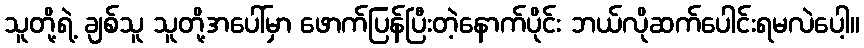
သူတို့ရဲ့ ချစ်သူ သူတို့အပေါ်မှာ ဖောက်ပြန်ပြီးတဲ့နောက်ပိုင်း ဘယ်လိုဆက်ပေါင်းရမလဲပေါ့။